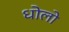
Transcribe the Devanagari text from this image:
धोलो